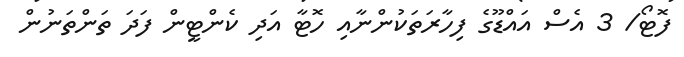
ފޮޓޯ/ 3 އެސް އައްޑޫގެ ފިހާރަތަކުންނާއި ހޮޓާ އަދި ކެންޓީން ފަދަ ތަންތަނުން